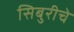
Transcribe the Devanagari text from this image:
सिबुरीचे